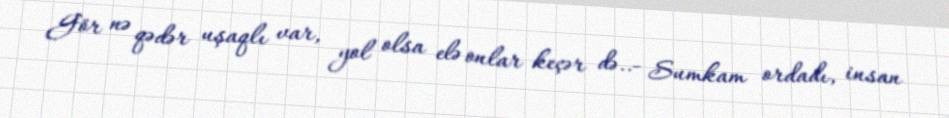
Gör nə qədər uşaqlı var, yol olsa elə onlar keçər də..- Sumkam ordadı, insan